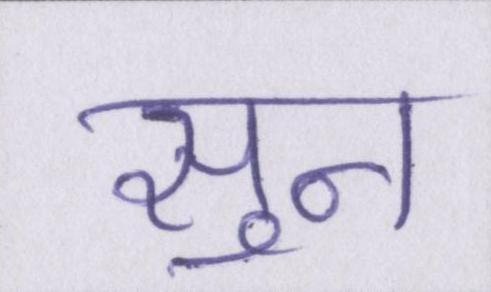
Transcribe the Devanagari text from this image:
सुन